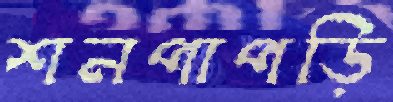
শনপাপড়ি